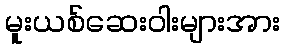
မူးယစ်ဆေးဝါးများအား